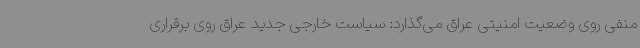
منفی روی وضعیت امنیتی عراق می‌گذارد: سیاست خارجی جدید عراق روی برقراری